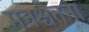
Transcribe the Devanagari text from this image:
मनश्चेतना